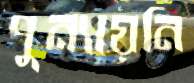
পুন্যায়নি